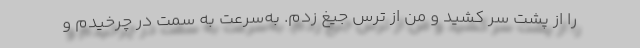
را از پشت سر کشید و من از ترس جیغ زدم. به‌سرعت به سمت در چرخیدم و